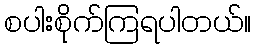
စပါးစိုက်ကြရပါတယ်။